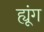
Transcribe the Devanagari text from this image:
ह्यूंग